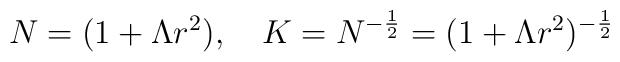
N=(1+\Lambda r^2), \quad K=N^{-\frac{1}{2}}=(1+\Lambda r^2)^{-\frac{1}{2}}